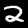
Label: 2